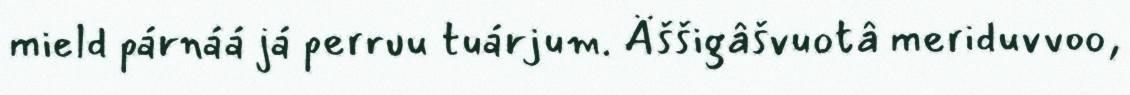
mield párnáá já perruu tuárjum. Äššigâšvuotâ meriduvvoo,